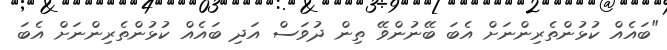
"ބައެއް ކުޅުންތެރިންނަށް އެބަ ބޭނުންވޭ ތިން ދުވަސް އަދި ބައެއް ކުޅުންތެރިންނަށް އެބަ